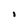
Character: I